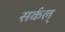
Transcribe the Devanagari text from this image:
सर्कल्